Civil Veterinary Department. United Provinces 1912-22 - 1912-1922
Year: 1912
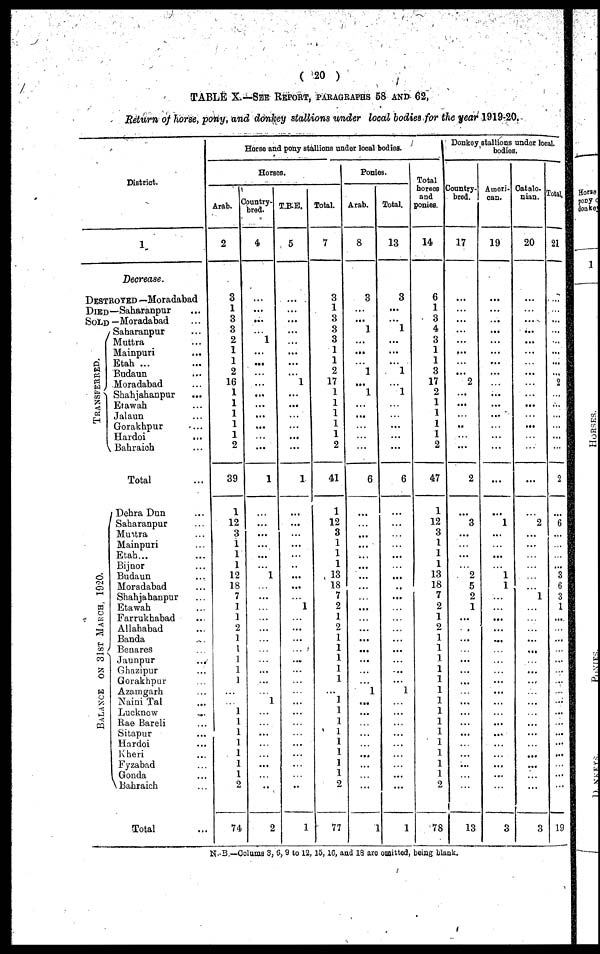
(20)
TABLE X.—SEE REPORT, PARAGRAPHS 58 AND 62,
Return of horse, pony, and donkey stallions under local bodies for the year 1919-20.
District.
1
Decrease.
DESTROYED —Moradabad
DIED—Saharanpur ...
SOLD —Moradabad ...
T RANS F E RRE D..
Saharanpur ...
Muttra ...
Mainpuri ...
Etah ...
Budaun ...
Moradabad ...
Shahjahaopur ...
Erawah ...
Jalaun ...
Gorakhpur ...
Hardoi ...
Bahraioh...
Total ...
BALANCE ON 31ST MARCH, 1920.
Dehra Dun...
Saharanpur...
Muttra...
Mainpuri...
Etah...
Bijnor......
Budaun...
Moradabad...
Shahjahanpur...
Etawah...
Farrukhabad...
Allahabad...
Banda...
Benares...
Jaunpur
...
Ghazipur...
Gorakhpur...
Azomgarh...
Naini Tal...
Lucknow...
Rae Bareli...
Sitapur...
Hardoi...
Kheri...
Fyzabad...
Gonda...
Bahraich...
Total ...
Horse and pony stallions under local bodies.
Horses.
Arab.
2
3
1
3
3
2
1
1
2
16
1
1
1
1
1
2
39
1
12
3
1
1
1
12
13
7
1
1
2
1
1
1
1
1
...
1 ...
1
1
1
1
1
1
2
74
Country-
bred.
4
...
...
...
...
1
...
...
...
...
...
...
...
...
...
...
1
...
...
...
...
...
...
1
...
...
...
...
...
...
...
...
...
...
...
1
...
...
...
...
...
...
...
..
2
T.B.E.
5
...
...
...
...
...
...
...
...
1
...
...
...
...
...
1
...
...
...
...
...
..
...
...
...
1
...
...
...
......
...
...
...
...
...
...
...
...
...
...
...
...
...
1
Total.
7
3
1
3
3
3
1
1
2
17
1
1
1
1
1
2
41
1
12
3
1
1
1
13
18
7
2
1
2
1
1
1
1
1
...
1
1
1
1
1
1
1
1
2
77
Ponies.
Arab.
8
3
...
...
1
...
1
...
1
...
...
...
...
...
6
...
...
...
...
...
...
...
...
...
...
...
...
...
...
...
...
...
1
...
...
...
...
...
...
...
...
1
Total.
13
3
...
...
1
...
...
...
1
...
1
...
...
...
...
...
6
...
...
...
...
...
...
...
...
...
...
...
...
...
...
...
...
...
1
...
...
...
...
...
...
...
...
...
1
Total
horses
and
ponies.
14
6
1
3
4
3
1
1
3
17
2
1
1
1
1
2
47
1
12
3
1
1
1
13
18
7
2
1
2
1
1
1
1
1
1
1
1
1
1
1
1
1
1
2
78
Donkey stallions under local
bodies.
Country-
bred.
17
...
...
...
...
...
...
...
...
2
...
...
...
..
...
2
...
3
...
...
...
...
2
5
2
1
...
.
...
...
...
...
..
...
...
...
...
...
...
...
...
...
...
13
Ameri-
can.
19
...
...
...
...
...
...
...
...
...
...
...
...
...
...
...
...
1
...
...
...
...
1
1
...
...
...
...
...
...
...
...
...
...
...
...
...
...
...
...
...
...
...
...
Catalo.
nian.
20
...
...
...
...
...
...
...
...
...
...
...
...
..
...
...
2
...
...
1
...
...
...
...
...
...
...
...
...
...
...
...
...
...
...
...
3
Total.
21
...
...
...
...
...
...
...
...
2
...
...
...
...
...
2
...
6
...
...
3
6
3
1
...
...
...
...
...
...
...
...
...
...
...
...
...
...
...
19
N.-B.—Colums 3, 6, 9 to 12, 15,10, and 18 are omitted, being blank.